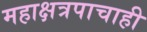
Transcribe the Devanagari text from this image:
महाक्षत्रपाचाही